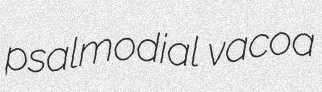
psalmodial vacoa